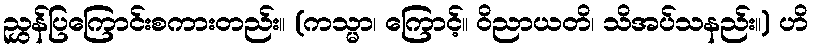
ညွှန်ပြကြောင်းစကားတည်း။ (ကသ္မာ၊ ကြောင့်။ ဝိညာယတိ၊ သိအပ်သနည်း။) ဟိ